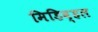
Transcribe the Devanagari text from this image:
मिडिव्हल